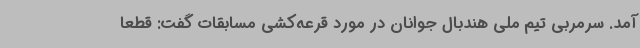
آمد. سرمربی تیم ملی هندبال جوانان در مورد قرعه‌کشی مسابقات گفت: قطعا